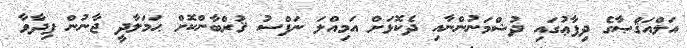
އަލްއަޤްޞާގެ ދިފާޢުގައި ދުޝްމަނުންނާއި ދެކޮޅަށް އަމިއްލަ ނަފްސު ޤުރްބާންކޮށް ޙަމަލާދީ ޖާނުން ފިދާވާ